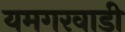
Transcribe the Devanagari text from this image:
यमगरवाडी